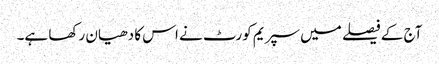
آج کے فیصلے میں سپریم کورٹ نے اس کا دھیان رکھا ہے۔